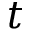
t